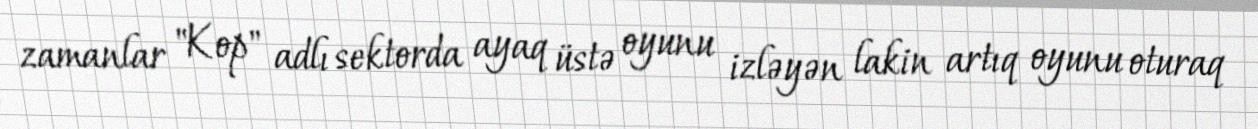
zamanlar "Kop" adlı sektorda ayaq üstə oyunu izləyən lakin artıq oyunu oturaq